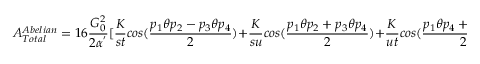
A _ { T o t a l } ^ { A b e l i a n } = 1 6 \frac { G _ { 0 } ^ { 2 } } { 2 \alpha ^ { ' } } [ \frac { K } { s t } c o s ( \frac { p _ { 1 } \theta p _ { 2 } - p _ { 3 } \theta p _ { 4 } } { 2 } ) + \frac { K } { s u } c o s ( \frac { p _ { 1 } \theta p _ { 2 } + p _ { 3 } \theta p _ { 4 } } { 2 } ) + \frac { K } { u t } c o s ( \frac { p _ { 1 } \theta p _ { 4 } + p _ { 2 } \theta p _ { 3 } } { 2 } ) ]